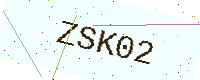
Text: ZSK02